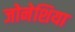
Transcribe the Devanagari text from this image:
जोनेशिया